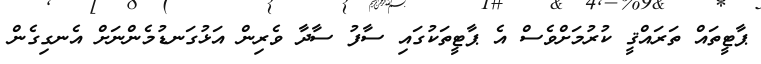
ޕާޓީތައް ތަރައްޤީ ކުރުމަށްވެސް އެ ޕާޓީތަކުގައި ސާފު ސާދާ ވެރިން އަޅުގަނޑުމެންނަށް އެނގިގެން